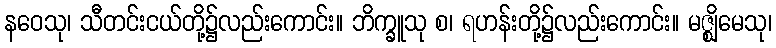
နဝေသု၊ သီတင်းငယ်တို့၌လည်းကောင်း။ ဘိက္ခူသု စ၊ ရဟန်းတို့၌လည်းကောင်း။ မဇ္ဈိမေသု၊